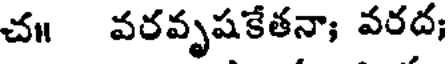
చ॥ వరవృషకేతనా; వరద;